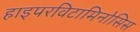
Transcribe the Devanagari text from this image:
हाइपरविटामिनोसिस